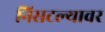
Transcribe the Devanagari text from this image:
निसटल्यावर